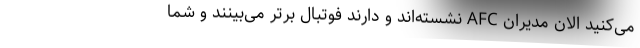
می‌کنید الان مدیران AFC نشسته‌اند و دارند فوتبال برتر می‌بینند و شما